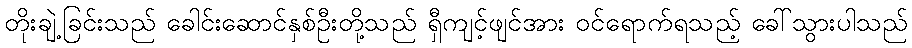
တိုးချဲ့ခြင်းသည် ခေါင်းဆောင်နှစ်ဦးတို့သည် ရှီကျင့်ဖျင်အား ဝင်ရောက်ရသည့် ခေါ်သွားပါသည်